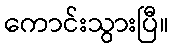
ကောင်းသွားပြီ။